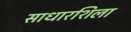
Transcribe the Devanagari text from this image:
साधारशिला